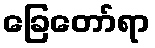
ခြေတော်ရာ